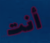
أنت